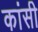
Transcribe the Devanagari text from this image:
कांसी